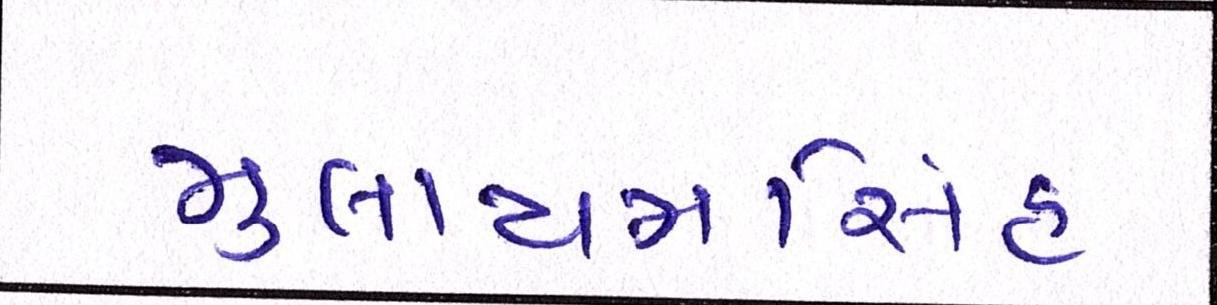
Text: મુલાયમસિંહ